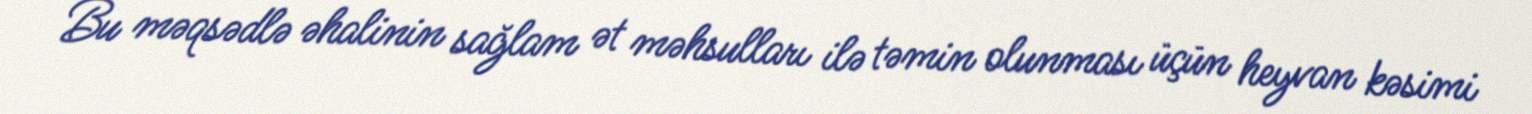
Bu məqsədlə əhalinin sağlam ət məhsulları ilə təmin olunması üçün heyvan kəsimi